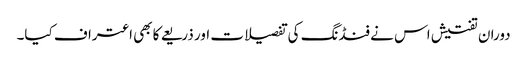
دوران تفتیش اس نے فنڈنگ کی تفصیلات اور ذریعے کا بھی اعتراف کیا۔